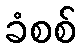
ခံစစ်